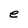
Character: e